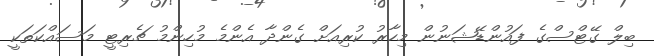
ބިލް ގޭޓްސްގެ ފައުންޑޭޝަނުން މިހާރު ކުރިއަށް ގެންދާ އެންމެ މުހިންމު ޗެރިޓީ މަސައްކަތަކީ